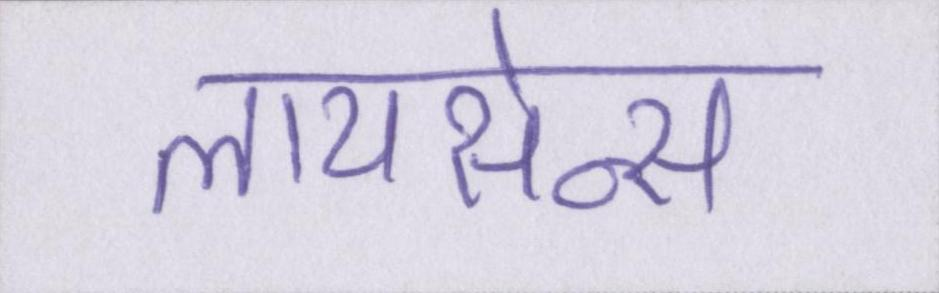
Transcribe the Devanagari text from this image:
लायसेन्स